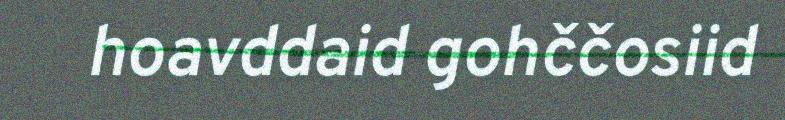
hoavddaid gohččosiid